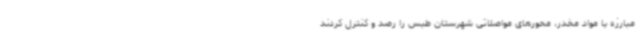
مبارزه با مواد مخدر، محورهای مواصلاتی شهرستان طبس را رصد و کنترل کردند